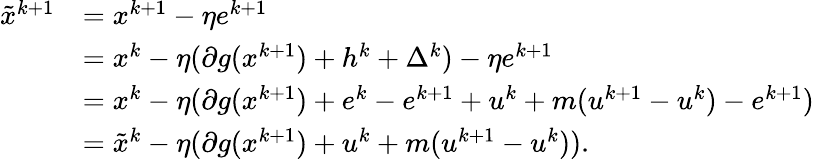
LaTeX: \begin{array}{rl}{{\tilde{x}}^{k+1}}&{=x^{k+1}-\eta e^{k+1}}\\ &{=x^{k}-\eta(\partial g(x^{k+1})+h^{k}+\Delta^{k})-\eta e^{k+1}}\\ &{=x^{k}-\eta(\partial g(x^{k+1})+e^{k}-e^{k+1}+u^{k}+m(u^{k+1}-u^{k})-e^{k+1})}\\ &{={\tilde{x}}^{k}-\eta(\partial g(x^{k+1})+u^{k}+m(u^{k+1}-u^{k})).}\end{array}